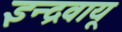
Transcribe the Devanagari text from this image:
इन्द्रवायू